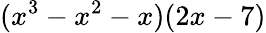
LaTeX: (x^{3}-x^{2}-x)(2x-7)